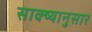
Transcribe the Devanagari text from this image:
साक्ष्यानुसार